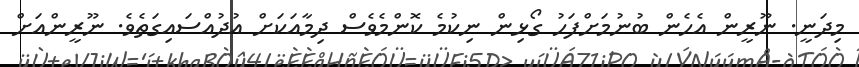
މިދަނީ. ނޫރީން އެހެން ބުނުމަށްފަހު ގޯޅިން ނިކުމެ ކޮންމެވެސް ދިމާއަކަށް އުދުއްސައިގަތެވެ. ނޫރީންއަށް